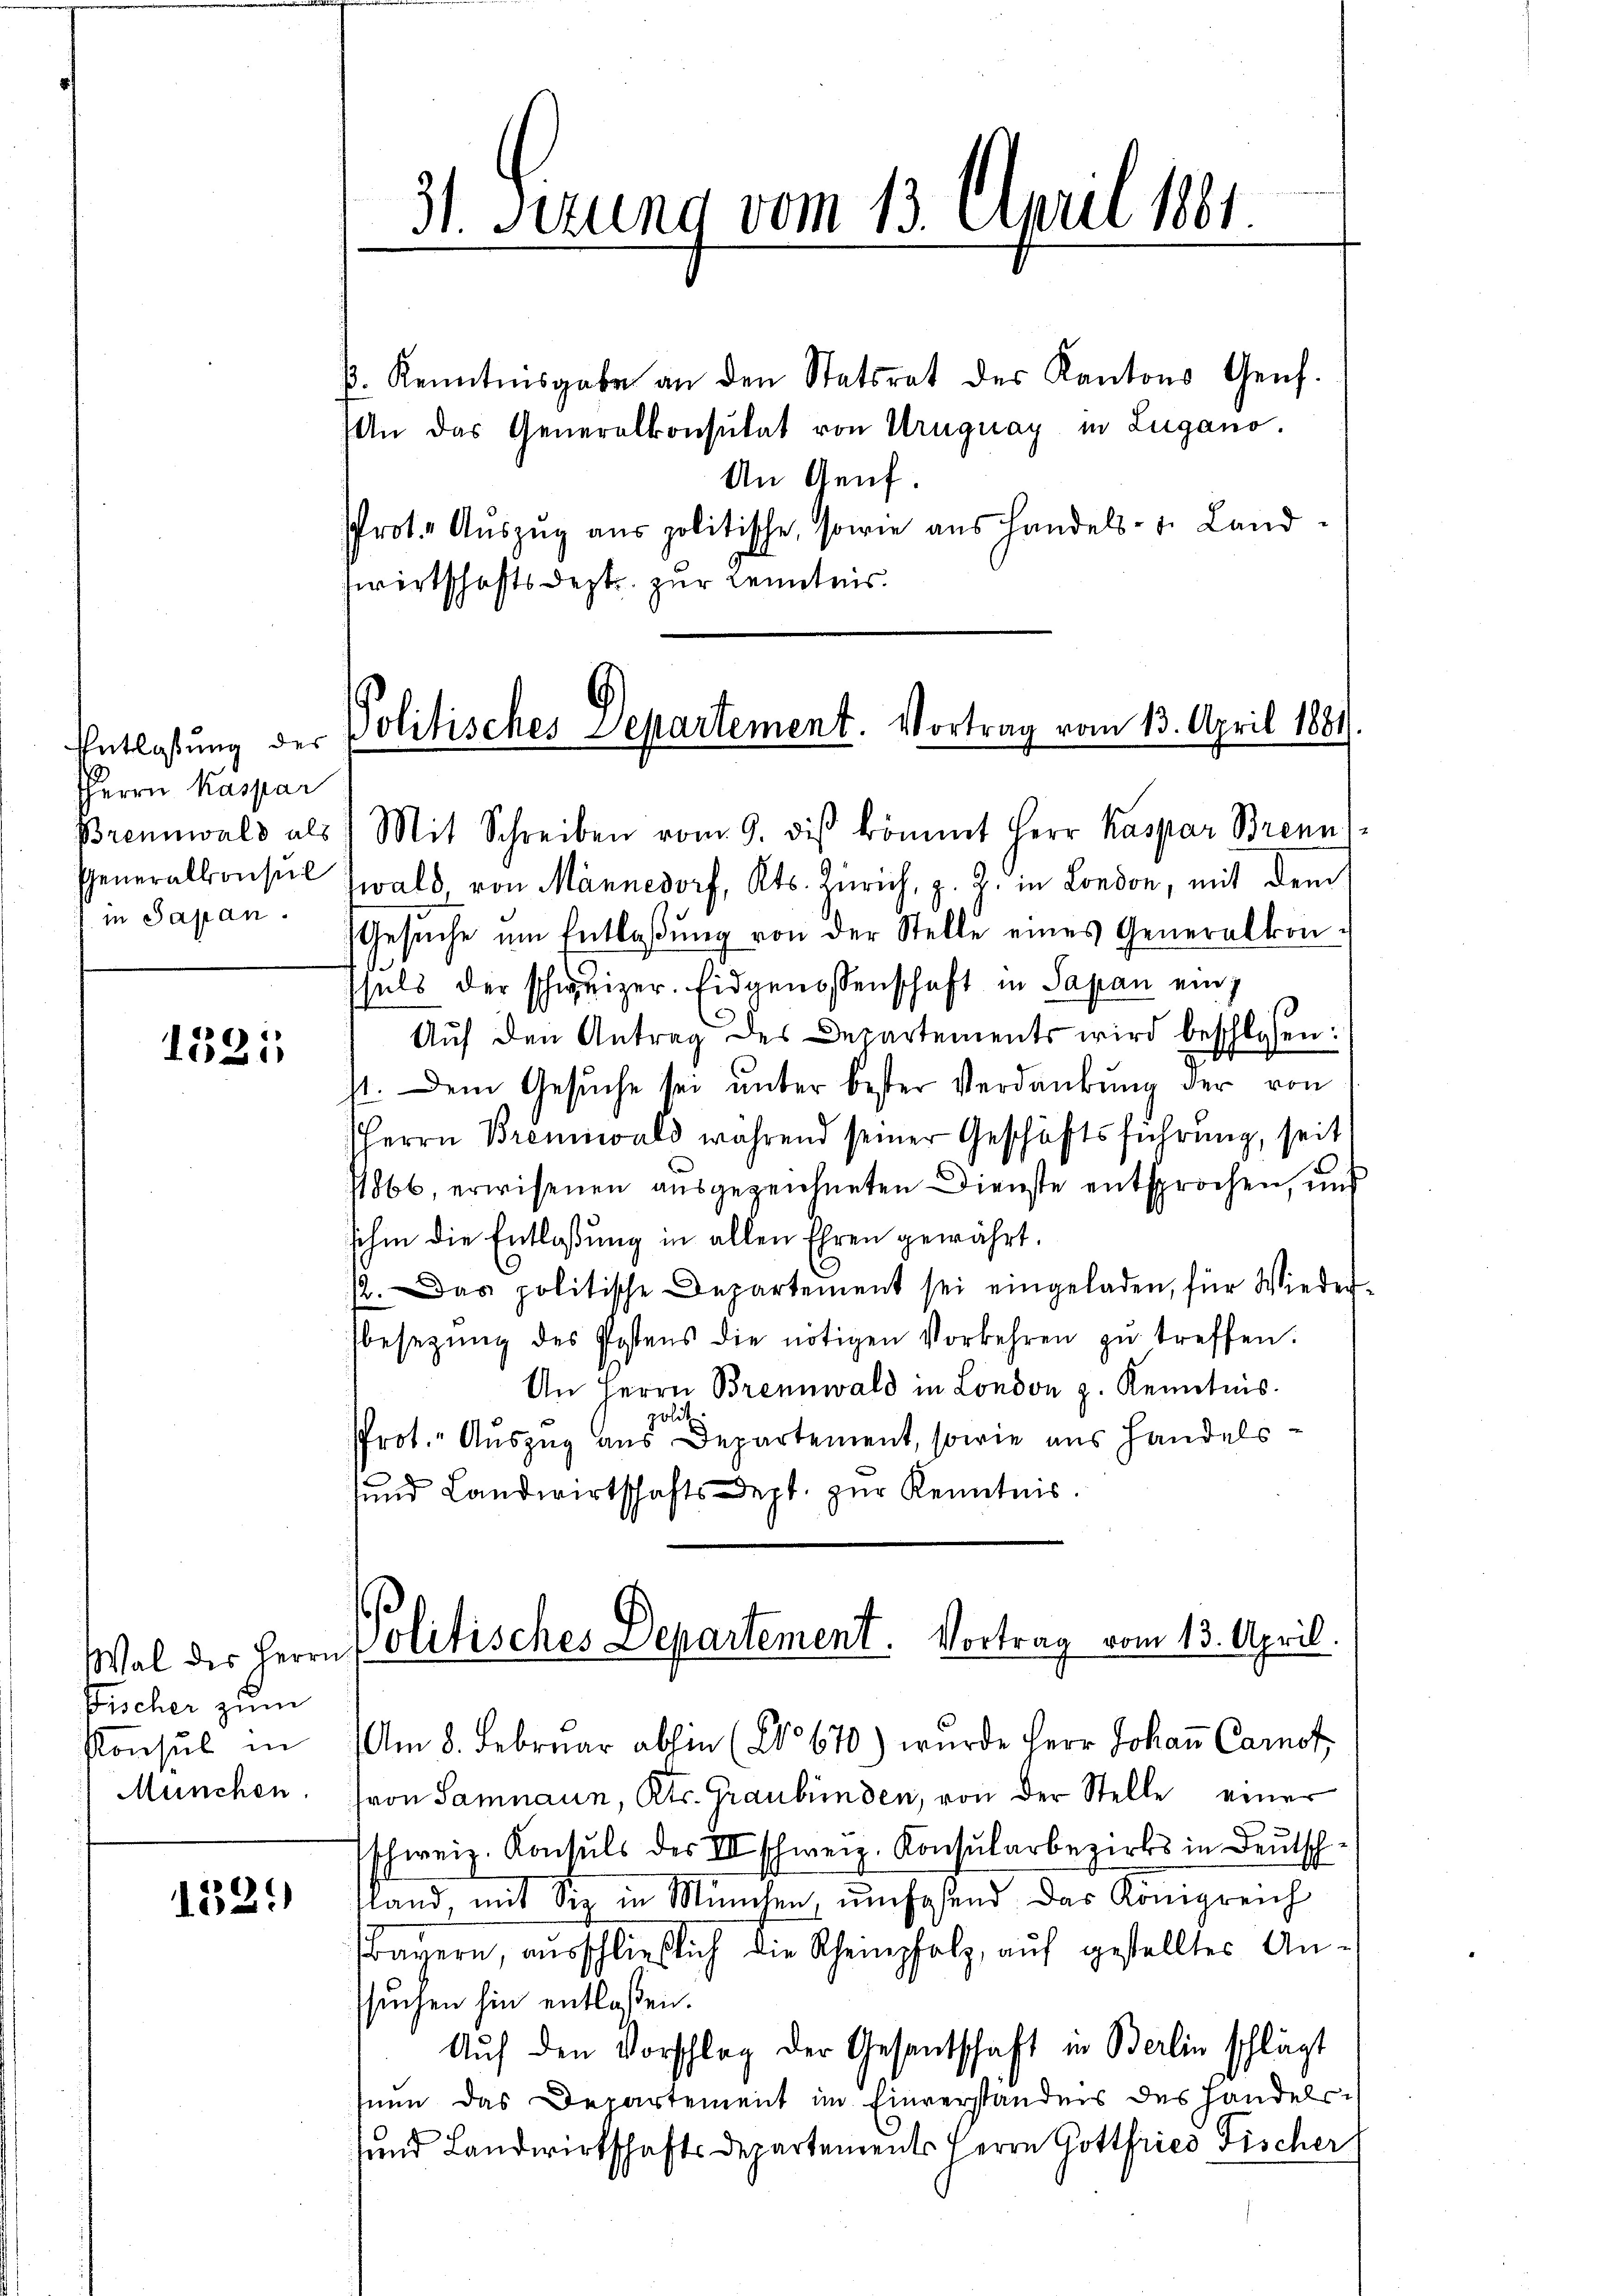
Entlassung des
Herrn Kaspar
Brennwald als
Generalkonsul
in Japan

1321

Fischer zum
Konsul in
München.

1529

31. Sezung vom 13. April 1881.

p. Kenntnisgabe an den Statsrat der Kantons Genf.
An das Generalkonsulat von Uruguay in Lugano.
An Genf.
Prot. Aŭszŭg aŭs politische, sowie aus Handels- u. Land
zwirtschaftsdest zur Kenntnis.

Politisches Departement. Vortrag vom 13. April 1881.

Mit Schreiben vom 9. des kömmt Herr Kaspar Brenn

wald von Männedorf, Kts. Zürich, z. Z. in London, mit dem
Gesŭche um Entlaßung von der Stelle eines Generalkon-
shels der schweizer. Eidgenossenschaft in Sapan ein
Aŭf den Antrag des Departements wird beschlossen:
st. Dem Gesŭche sei ŭnter bester Verdankŭng der von
Herrn Brennwald während seiner Geschäftsführung, seit
1866, erwissenen ausgezeichneten Dienste entsprochen, und
sehen die Entlaßung in allen Ehren gewährt.
12. Das politische Departement sei eingeladen, für Wieder-
besetzŭng des Postens die nötigen Vorkehren zŭ treffen.
An Herrn Brennwald in London z. Kenntnis.
polit
Prot. Auszug aus Departement, sowie aus Handelssund Landwirtschaftsdept. zur Kenntnis.
Wal des Herrn Politisches Departement. Vortrag vom 13. April.
Am 8. Februar abhin (No 670) wurde Herr Johaṅ Carot
fron Samnaun, Kts. Graubünden, von der Stelle einer
schweiz. Konsuls des III schweiz. Konsularbezirks in Deutsch
land, mit Siz in München, umfaßend das Königreich
Bayern, ausschließlich die Scheinholz, auf gestelltes Anssuchen hin entlassen.
Aŭf den Vorschlag der Gesandtschaft in Berlin schlägt
seen das Departement im Einverständnis des Handelssund Landwirtschaftsdepartements Herrn Gottfried Fischer